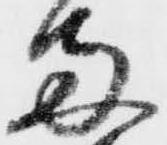
両